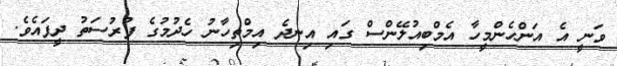
ވަނީ އެ އަންހެންމީހާ އެމްބިއުލޭންސް ގައި އިނދެ އިމްތިހާނު ހެދުމުގެ ފުރުސަތު ދީފައެވެ.